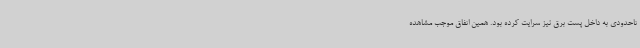
تاحدودی به داخل پست برق نیز سرایت کرده بود. همین اتفاق موجب مشاهده